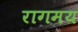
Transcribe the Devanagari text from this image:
रागमय